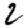
Digit: 2